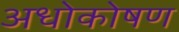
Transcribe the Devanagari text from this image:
अधोकोषण